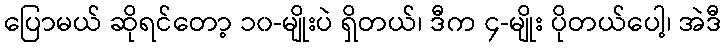
ပြောမယ် ဆိုရင်တော့ ၁၀-မျိုးပဲ ရှိတယ်၊ ဒီက ၄-မျိုး ပိုတယ်ပေါ့၊ အဲဒီ